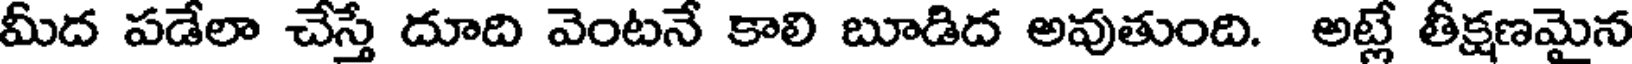
మీద పడేలా చేస్తే దూది వెంటనే కాలి బూడిద అవుతుంది. అట్లే తీక్షణమైన